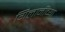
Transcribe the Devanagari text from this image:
गिलानींच्या